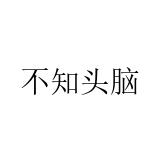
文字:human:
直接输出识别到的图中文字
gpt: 不知头脑